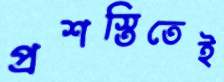
প্রশস্তিতেই